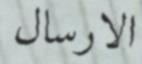
الارسال